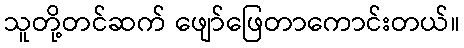
သူတို့တင်ဆက် ဖျော်ဖြေတာကောင်းတယ်။